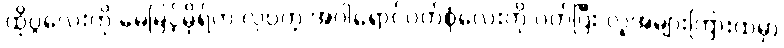
ထိုပွဲလေးကို မေမြင့်မိုရ်က လှပတဲ့ အဝါရောင်ဝတ်စုံလေးကို ဝတ်ပြီး လူအများကြားထဲမှာ